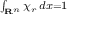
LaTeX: \scriptstyle \int _ { \mathbf { R } ^ { n } } \chi _ { r } \, d x = 1